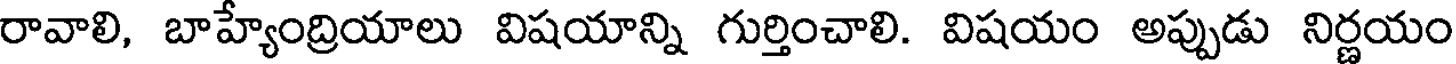
రావాలి, బాహ్యాంద్రియాలు విషయాన్ని గుర్తించాలి. విషయం అప్పుడు నిర్ణయం